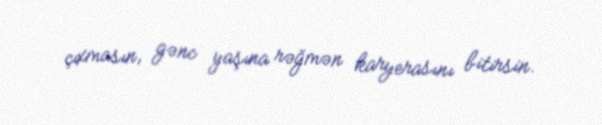
çıxmasın, gənc yaşına rəğmən karyerasını bitirsin.